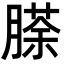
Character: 𮌵